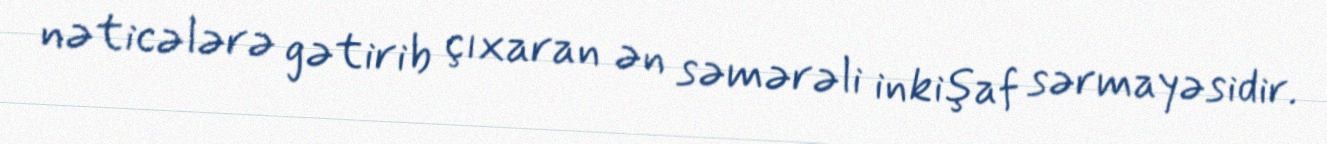
nəticələrə gətirib çıxaran ən səmərəli inkişaf sərmayəsidir.